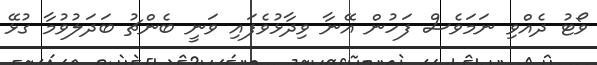
ވޯޓު ދެއްވި ނަމަވެސް ފަހުން އޭނާ ވިދާޅުވެފައި ވަނީ ބެންޗު ބަދަލުވުމާ ގުޅޭ